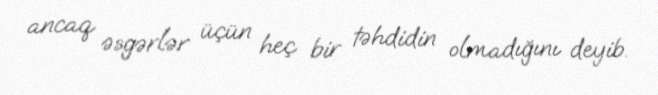
ancaq əsgərlər üçün heç bir təhdidin olmadığını deyib.